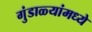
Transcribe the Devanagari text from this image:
गुंडाळ्यांमध्ये